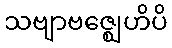
သဗျာဗဇ္ဈေဟိပိ